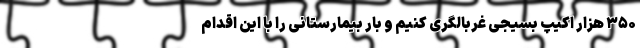
۳۵۰ هزار اکیپ بسیجی غربالگری کنیم و بار بیمارستانی را با این اقدام